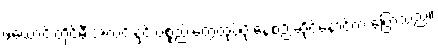
ဖယောင်းတိုင်မီးအလင်းနှင့် ပစ္စည်းတွေထုပ်ပိုးနေစဉ် ဆိုင်နောင့်က ပြောသည်။